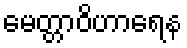
မေတ္တာဝိဟာရေန